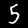
Digit: 5